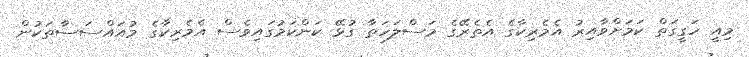
މިއީ ހަގީގަތް ކަމަށްވާއިރު އެމެރިކާގެ އެތެރޭގެ މަސްލަހަތާ ގުޅޭ ކަންކަމުގައިވެސް އެމެރިކާގެ މުއައްސަސާތަކުން